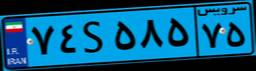
۷۴S۵۸۵۷۵